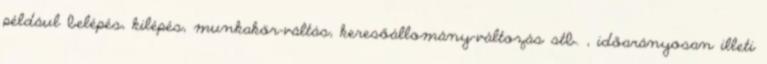
például belépés, kilépés, munkakör-váltás, keresőállomány-változás stb. , időarányosan illeti